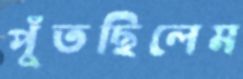
পুঁতছিলেম